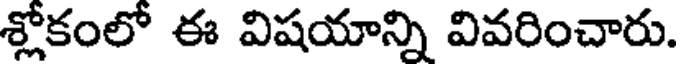
శ్లోకంలో ఈ విషయాన్ని వివరించారు.